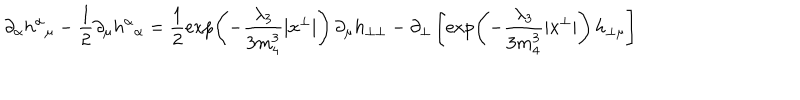
\partial _ { \alpha } h ^ { \alpha } { } _ { \mu } - \frac { 1 } { 2 } \partial _ { \mu } h ^ { \alpha } { } _ { \alpha } = \frac { 1 } { 2 } \exp \! \left( - \frac { \lambda _ { 3 } } { 3 m _ { 4 } ^ { 3 } } | x ^ { \perp } | \right) \partial _ { \mu } h _ { \perp \perp } - \partial _ { \perp } \left[ \exp \! \left( - \frac { \lambda _ { 3 } } { 3 m _ { 4 } ^ { 3 } } | x ^ { \perp } | \right) h _ { \perp \mu } \right]